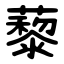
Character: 藜